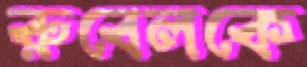
রুবেলকে